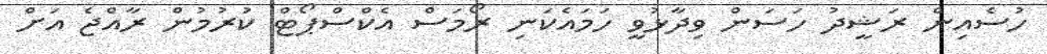
ހުސެއިން ރަޝީދު ހަސަން ވިދާޅުވީ ހަމައެކަނި ރޯމަސް އެކްސްޕޯޓް ކުރުމުން ރާއްޖެ އަށް